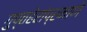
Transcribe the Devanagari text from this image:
गुप्तहेरांप्रमाणे